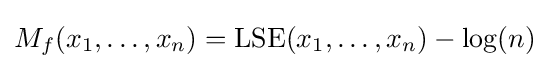
M_{f}(x_{1},\dots ,x_{n})=\mathrm {LSE} (x_{1},\dots ,x_{n})-\log(n)